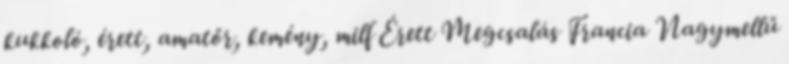
kukkoló, érett, amatőr, kemény, milf Érett Megcsalás Francia Nagymellű